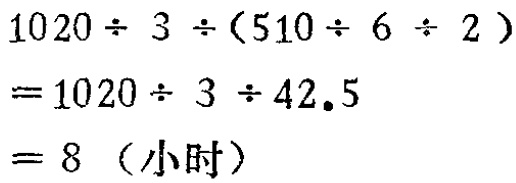
\[
\begin{align*}
&1020\div 3\div(510\div 6\div 2)\\
=&1020\div 3\div 42.5\\
=&8 \text{（小时）}
\end{align*}
\]